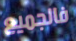
فالجميع